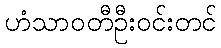
ဟံသာဝတီဦးဝင်းတင်